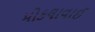
મોકલાવાઈ